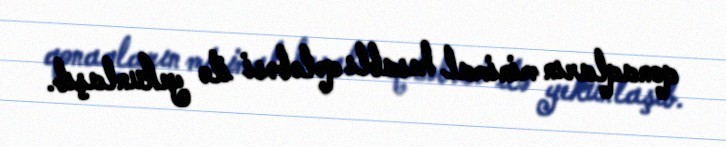
qonaqların minimal hesablı qələbəsi ilə yekunlaşıb.